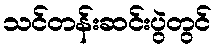
သင်တန်းဆင်းပွဲတွင်